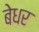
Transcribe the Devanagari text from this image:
बेधर